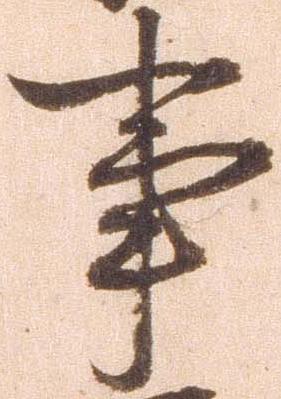
事